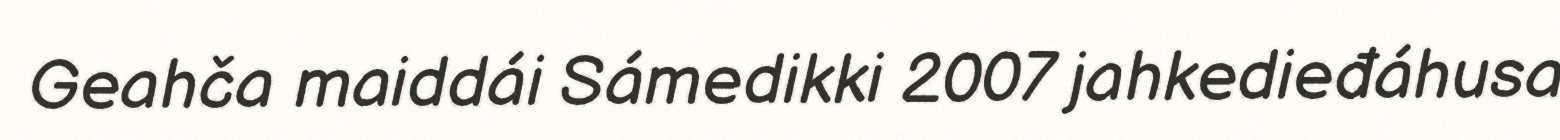
Geahča maiddái Sámedikki 2007 jahkedieđáhusa